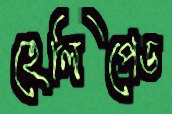
হেলিপেড